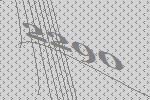
2290